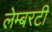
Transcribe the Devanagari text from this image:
लेम्बरटी